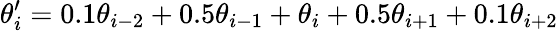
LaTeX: \theta_{i}^{\prime}=0.1\theta_{i-2}+0.5\theta_{i-1}+\theta_{i}+0.5\theta_{i+1}+0.1\theta_{i+2}